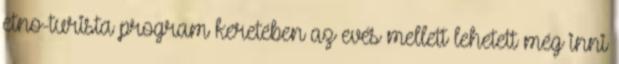
etno-turista program keretében az evés mellett lehetett még inni